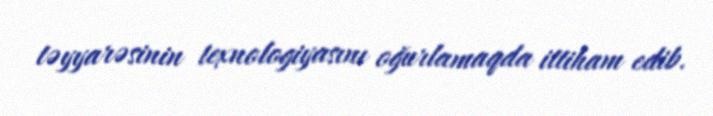
təyyarəsinin texnologiyasını oğurlamaqda ittiham edib.